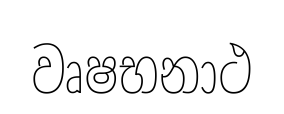
වෘෂභනාථ